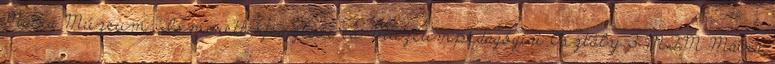
Mátra Múzeum: Ismeretterjesztési és Múzeumpedagógiai Osztály 3 MTM Mátra